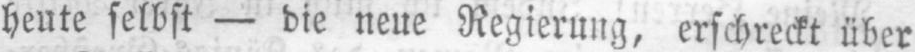
heute selbst - die neue Regierung, erschreckt über